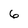
Character: 6